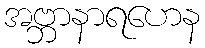
အဗ္ဘာနာရဟေန